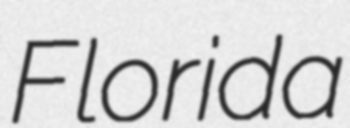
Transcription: Florida